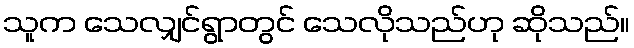
သူက သေလျှင်ရွာတွင် သေလိုသည်ဟု ဆိုသည်။